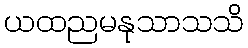
ယထညမနုသာသသိ